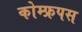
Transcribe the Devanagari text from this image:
कोम्‍फ्रपस